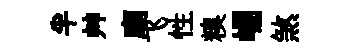
半艸廟飞性糗崛煞